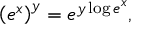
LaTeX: \left( e ^ { x } \right) ^ { y } = e ^ { y \log e ^ { x } } ,